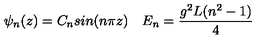
\psi _ { n } ( z ) = C _ { n } s i n ( n \pi z ) \quad E _ { n } = { \frac { g ^ { 2 } L ( n ^ { 2 } - 1 ) } { 4 } }